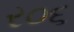
ર૦૬